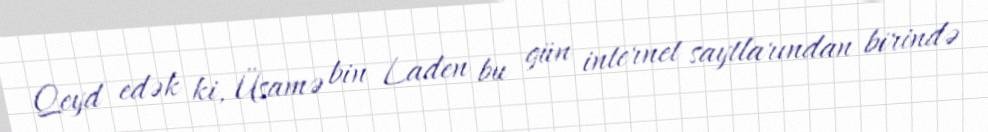
Qeyd edək ki, Üsamə bin Laden bu gün internet saytlarından birində